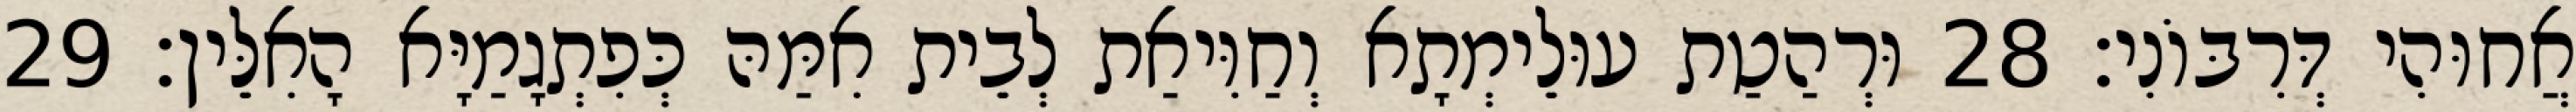
אֲחוּהִי דְּרִבּוֹנִי׃ 28 וּרְהַטַת עוּלֵימְתָא וְחַוִּיאַת לְבֵית אִמַּהּ כְּפִתְגָמַיָּא הָאִלֵּין׃ 29